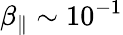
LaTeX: \beta_{\| }\sim 10^{-1}